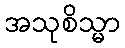
အသုစိသ္မာ